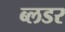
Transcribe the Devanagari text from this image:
ब्लडर